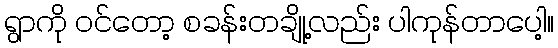
ရွာကို ဝင်တော့ စခန်းတချို့လည်း ပါကုန်တာပေါ့။